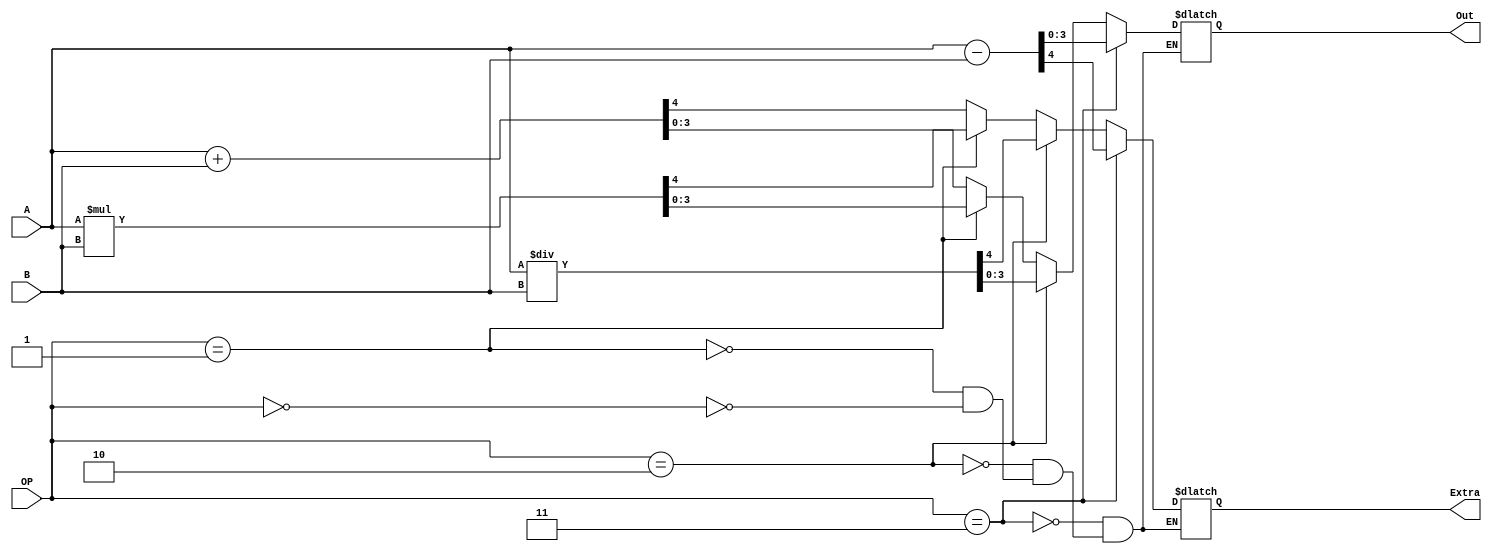
module alu_machine(
  input [3:0] A,
  input [3:0] B,
  input[1:0] OP,
  output reg [3:0] Out,
  output reg  Extra
);
  always @ * begin
    case(OP)
      'b00 : {Extra, Out} = A + B;
    endcase
    case(OP)
      'b01 : {Extra, Out} = A * B;
    endcase
    case(OP)
      'b10 : {Extra, Out} = A / B;
    endcase
    case(OP)
      'b11 : {Extra, Out} = A - B;
    endcase
  end
endmodule